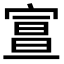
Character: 𡩦